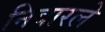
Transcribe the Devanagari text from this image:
निवारले